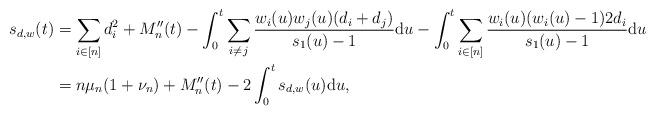
LaTeX: \begin{align*} s_{d,w}(t)&=\sum_{i\in [n]}d_i^2+M_n''(t)-\int_0^t \sum_{i\neq j}\frac{w_i(u)w_j(u)(d_i+d_j)}{s_1(u)-1} \mathrm{d}u-\int_0^t \sum_{i\in [n]}\frac{w_i(u)(w_i(u)-1)2d_i}{s_1(u)-1}\mathrm{d}u\\ & = n\mu_n(1+\nu_n)+M_n''(t)- 2 \int_0^ts_{d,w}(u)\mathrm{d}u, \end{align*}